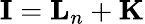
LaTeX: {\mathbf{I}}={\mathbf{L}}_{n}+{\mathbf{K}}